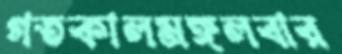
গতকালমঙ্গলবার